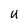
Character: U